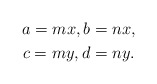
\begin{gather*} a=mx,b=nx\text,\\ c=my,d=ny.\end{gather*}